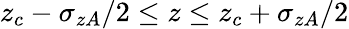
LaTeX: z_{c}-\sigma_{zA}/2\le z\le z_{c}+\sigma_{zA}/2